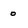
Character: 0